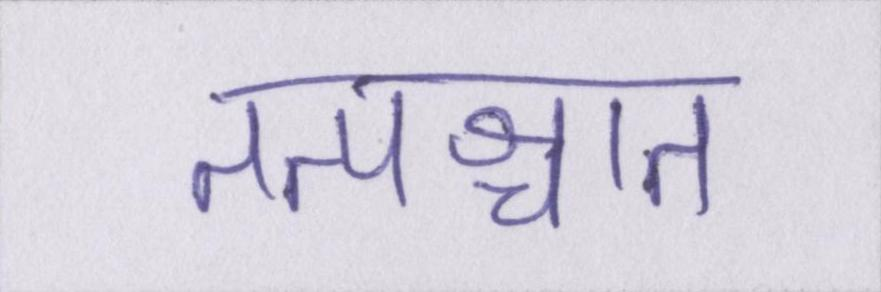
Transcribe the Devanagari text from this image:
तत्पश्चात